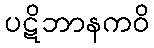
ပဋိဘာနကဝိ